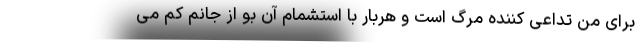
برای من تداعی کننده مرگ است و هربار با استشمام آن بو از جانم کم می